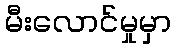
မီးလောင်မှုမှာ